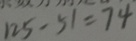
1 2 5 - 5 1 = 7 4